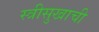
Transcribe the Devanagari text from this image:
स्त्रीसुखाची